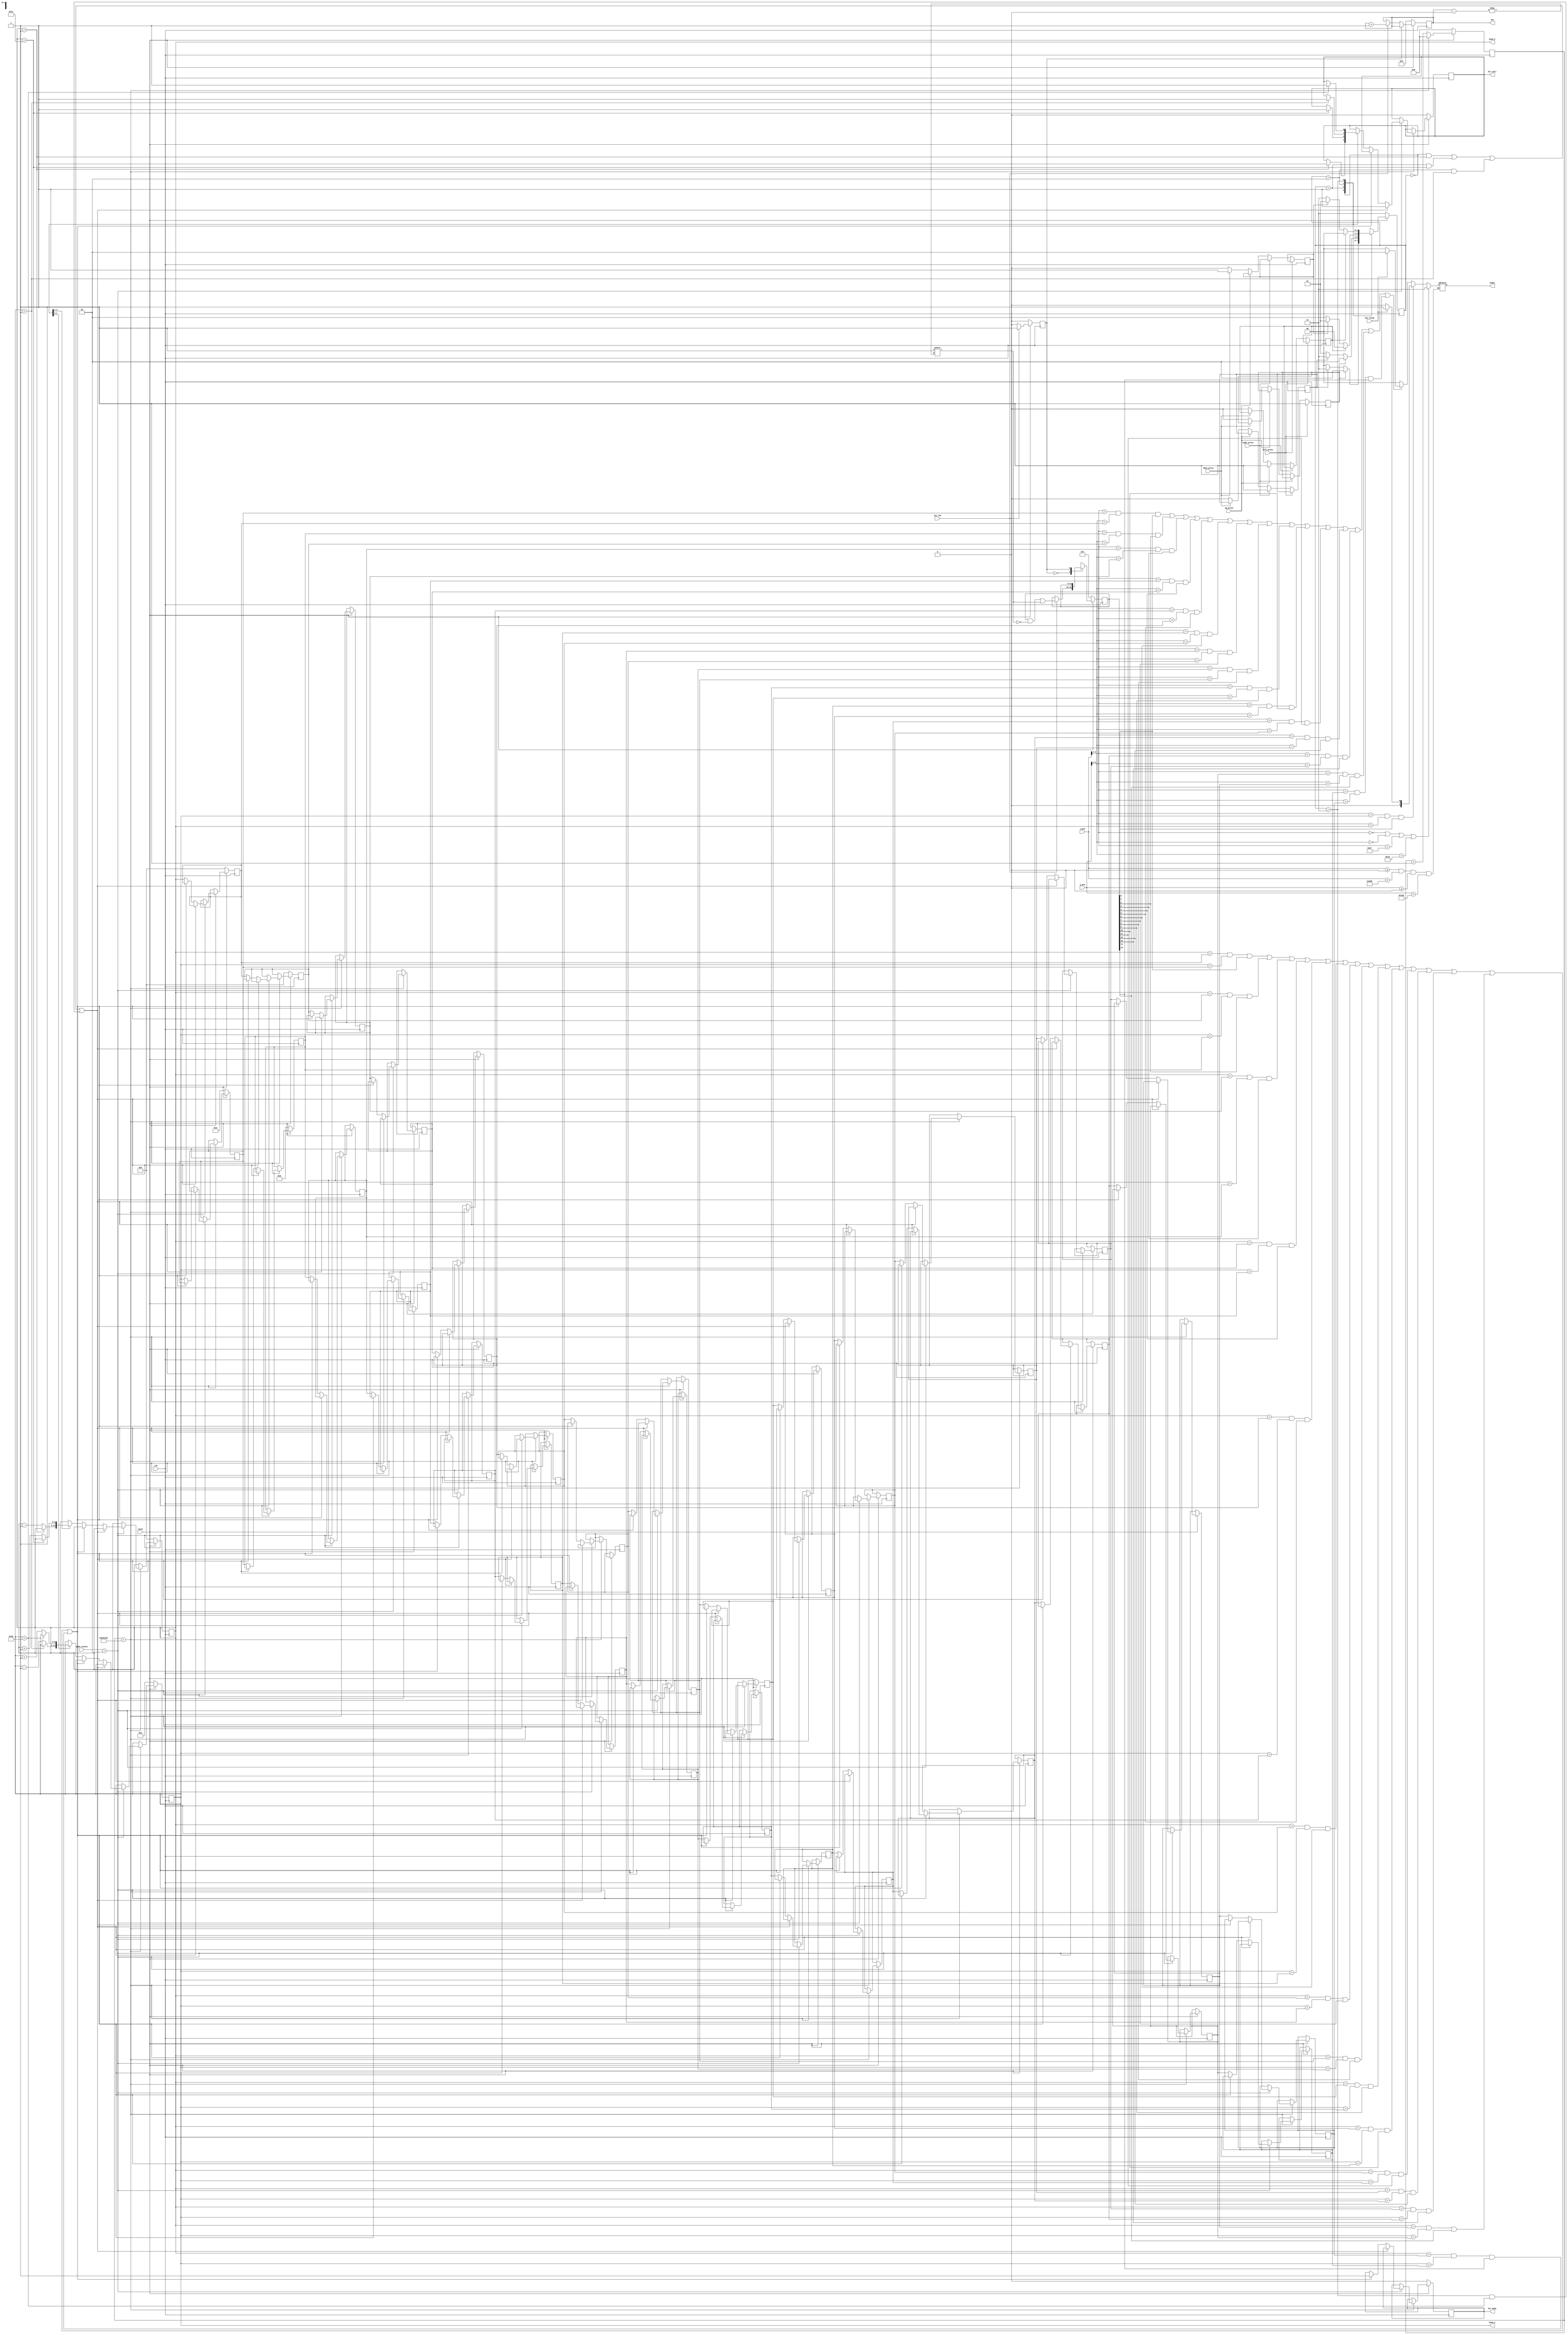
`timescale 1ns / 1ps

module Snake (
	input clk,
	input reset,
	input left_press,
	input right_press,
	input up_press,
	input down_press,
	input [9:0] x_pos,
	input [9:0] y_pos,
	input inc_len,
	input [1:0] game_status,
	input die_flash,
	output reg [1:0] snake,
	output reg [6:0] len,
	output [5:0] head_x,
	output [5:0] head_y,
	output reg hit_body,
	output reg hit_wall
);
	
	localparam UP = 2'b00;
	localparam DOWN = 2'b01;
	localparam LEFT = 2'b10;
	localparam RIGHT = 2'b11;
	localparam NONE = 2'b00;
	localparam HEAD = 2'b01;
	localparam BODY = 2'b10;
	localparam WALL = 2'b11;
	localparam PLAY = 2'b10;
	reg [31:0] cnt;
	wire [1:0] direct; 
	reg  [1:0] direct_r;
	assign direct=direct_r;
	reg [1:0] direct_next;
	reg change_to_left;
	reg change_to_right;
	reg change_to_up;
	reg change_to_down;
 	reg [5:0] cube_x[15:0];
	reg [5:0] cube_y[15:0];
	reg [15:0] is_exist;
	reg [2:0] color;
	assign head_x = cube_x[0];
	assign head_y = cube_y[0];
	
	
	always @( posedge clk )  			
		if(!reset)
			direct_r<=RIGHT ;
		else
			direct_r<=direct_next;
	
	always @( posedge clk )
	begin
		if(!reset ) begin           
			cnt <= 0;
			cube_x[0] <= 10;
			cube_y[0] <= 5;
			cube_x[1] <= 9;
			cube_y[1] <= 5;
			cube_x[2] <= 8;
			cube_y[2] <= 5;
			hit_wall <= 0;
			hit_body <= 0;
		end

		else begin
			cnt <= cnt + 1;
			if( cnt == 12500000 ) begin
				cnt <= 0;
				if( game_status == PLAY ) begin  
					if( ( direct == UP && cube_y[0] == 1 )  
						| ( direct == DOWN && cube_y[0] == 28 )
						| ( direct == LEFT && cube_x[0] == 1 )
						| ( direct == RIGHT && cube_x[0] == 38 ) )
						hit_wall <= 1;
					else if( ( cube_y[0] == cube_y[1] && cube_x[0] == cube_x[1] && is_exist[1] == 1 )
								| ( cube_y[0] == cube_y[2] && cube_x[0] == cube_x[2] && is_exist[2] == 1 )
								| ( cube_y[0] == cube_y[3] && cube_x[0] == cube_x[3] && is_exist[3] == 1 )
								| ( cube_y[0] == cube_y[4] && cube_x[0] == cube_x[4] && is_exist[4] == 1 )
								| ( cube_y[0] == cube_y[5] && cube_x[0] == cube_x[5] && is_exist[5] == 1 )
								| ( cube_y[0] == cube_y[6] && cube_x[0] == cube_x[6] && is_exist[6] == 1 )
								| ( cube_y[0] == cube_y[7] && cube_x[0] == cube_x[7] && is_exist[7] == 1 )
								| ( cube_y[0] == cube_y[8] && cube_x[0] == cube_x[8] && is_exist[8] == 1 )
								| ( cube_y[0] == cube_y[9] && cube_x[0] == cube_x[9] && is_exist[9] == 1 )
								| ( cube_y[0] == cube_y[10] && cube_x[0] == cube_x[10] && is_exist[10] == 1 )
								| ( cube_y[0] == cube_y[11] && cube_x[0] == cube_x[11] && is_exist[11] == 1 )
								| ( cube_y[0] == cube_y[12] && cube_x[0] == cube_x[12] && is_exist[12] == 1 )
								| ( cube_y[0] == cube_y[13] && cube_x[0] == cube_x[13] && is_exist[13] == 1 )
								| ( cube_y[0] == cube_y[14] && cube_x[0] == cube_x[14] && is_exist[14] == 1 )
								| ( cube_y[0] == cube_y[15] && cube_x[0] == cube_x[15] && is_exist[15] == 1 ) )
							
							hit_body<=1;

							else begin        
								cube_x[1] <= cube_x[0];
								cube_y[1] <= cube_y[0];
								cube_x[2] <= cube_x[1];
								cube_y[2] <= cube_y[1];
								cube_x[3] <= cube_x[2];
								cube_y[3] <= cube_y[2];
								cube_x[4] <= cube_x[3];
								cube_y[4] <= cube_y[3];
								cube_x[5] <= cube_x[4];
								cube_y[5] <= cube_y[4];
								cube_x[6] <= cube_x[5];
								cube_y[6] <= cube_y[5];
								cube_x[7] <= cube_x[6];
								cube_y[7] <= cube_y[6];
								cube_x[8] <= cube_x[7];
								cube_y[8] <= cube_y[7];
								cube_x[9] <= cube_x[8];
								cube_y[9] <= cube_y[8];
								cube_x[10] <= cube_x[9];
								cube_y[10] <= cube_y[9];
								cube_x[11] <= cube_x[10];
								cube_y[11] <= cube_y[10];
								cube_x[12] <= cube_x[11];
								cube_y[12] <= cube_y[11];
								cube_x[13] <= cube_x[12];
								cube_y[13] <= cube_y[12];
								cube_x[14] <= cube_x[13];
								cube_y[14] <= cube_y[13];
								cube_x[15] <= cube_x[14];
								cube_y[15] <= cube_y[14];

								case( direct )        
								UP:begin
									if( cube_y[0] == 1 )
										hit_wall <= 1;
									else 
										cube_y[0] <= cube_y[0] - 1;
								end
								
								DOWN: begin
									if( cube_y[0] == 28 )
										hit_wall <= 1;
									else
										cube_y[0] <= cube_y[0] + 1;
								end
								
								LEFT:begin
									if( cube_x[0] == 1 )
										hit_wall <= 1;
									else 
										cube_x[0] <= cube_x[0] - 1;
								end					

								RIGHT: begin
									if( cube_x[0] == 38 )
										hit_wall <= 1;
									else
										cube_x[0] <= cube_x[0] + 1;
								end
						endcase
					end
				end
			end
		end
	end



	always @( * ) begin
		direct_next = direct;
		case( direct )
		UP: begin
			if( change_to_left )
				direct_next = LEFT;
			else if( change_to_right )
				direct_next = RIGHT;
			else 
				direct_next = UP;
		end
		
		DOWN: begin
			if( change_to_left )
				direct_next = LEFT;
			else if( change_to_right )
				direct_next = RIGHT;
			else 
				direct_next = DOWN;
		end
		
		LEFT: begin
			if( change_to_up )
				direct_next = UP;
			else if( change_to_down )
				direct_next = DOWN;
			else 
				direct_next = LEFT;	
		end

		RIGHT: begin
			if( change_to_up )
				direct_next = UP;
			else if( change_to_down )
				direct_next = DOWN;
			else 
				direct_next = RIGHT;
		end
		endcase
	end


	always @( posedge clk ) begin
		if( left_press == 1 ) begin
			change_to_left <= 1;
		end
		else if( right_press == 1 ) begin
			change_to_right <= 1;	
		end
		else if( up_press == 1 ) begin
			change_to_up <= 1;
		end
		else if( down_press == 1 ) begin
			change_to_down <= 1;
		end
		else begin
			change_to_left <= 0;
			change_to_right <= 0;
			change_to_up <= 0;
			change_to_down <= 0;
		end
	end

	reg addcube_state;
	
	always @( posedge clk  ) begin
		if( reset == 0 ) begin
			is_exist <= 16'b0000000000000111;
			len <= 3;
			addcube_state <= 0;		
		end
		else begin
			case( addcube_state )
			0: begin
				if( inc_len ) begin
					len <= len + 1;
					is_exist[len] <= 1;
					addcube_state <= 1;
				end
			end

			1: begin
				if(!inc_len)
					addcube_state <= 0;
			end
			endcase
		end
	end

	reg [3:0] lox;
	reg [3:0] loy;

	always @( x_pos or y_pos ) begin
		if( x_pos >= 0 && x_pos < 640 && y_pos >= 0 && y_pos < 480 ) begin
			if( ( x_pos[9:4] == 0 | y_pos[9:4] == 0 | x_pos[9:4] == 39 | y_pos[9:4] == 29 ) )
				snake = WALL;
			else if( x_pos[9:4] == cube_x[0] && y_pos[9:4] == cube_y[0] && is_exist[0] == 1 ) begin
				snake = ( die_flash == 1 ) ? HEAD : NONE;
			end
			else if( ( x_pos[9:4] == cube_x[1] && y_pos[9:4] == cube_y[1] && is_exist[1] == 1 )
					 | ( x_pos[9:4] == cube_x[2] && y_pos[9:4] == cube_y[2] && is_exist[2] == 1 )
					 | ( x_pos[9:4] == cube_x[3] && y_pos[9:4] == cube_y[3] && is_exist[3] == 1 )
					 | ( x_pos[9:4] == cube_x[4] && y_pos[9:4] == cube_y[4] && is_exist[4] == 1 )
					 | ( x_pos[9:4] == cube_x[5] && y_pos[9:4] == cube_y[5] && is_exist[5] == 1 )
					 | ( x_pos[9:4] == cube_x[6] && y_pos[9:4] == cube_y[6] && is_exist[6] == 1 )
					 | ( x_pos[9:4] == cube_x[7] && y_pos[9:4] == cube_y[7] && is_exist[7] == 1 )
					 | ( x_pos[9:4] == cube_x[8] && y_pos[9:4] == cube_y[8] && is_exist[8] == 1 )
					 | ( x_pos[9:4] == cube_x[9] && y_pos[9:4] == cube_y[9] && is_exist[9] == 1 )
					 | ( x_pos[9:4] == cube_x[10] && y_pos[9:4] == cube_y[10] && is_exist[10] == 1 )
					 | ( x_pos[9:4] == cube_x[11] && y_pos[9:4] == cube_y[11] && is_exist[11] == 1 )
					 | ( x_pos[9:4] == cube_x[12] && y_pos[9:4] == cube_y[12] && is_exist[12] == 1 )
					 | ( x_pos[9:4] == cube_x[13] && y_pos[9:4] == cube_y[13] && is_exist[13] == 1 )
					 | ( x_pos[9:4] == cube_x[14] && y_pos[9:4] == cube_y[14] && is_exist[14] == 1 )
					 | ( x_pos[9:4] == cube_x[15] && y_pos[9:4] == cube_y[15] && is_exist[15] == 1 ))
				snake = ( die_flash == 1 ) ? BODY : NONE;
			else
				snake = NONE;
		end
	end	 
endmodule